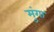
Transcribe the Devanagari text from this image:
मुंगा